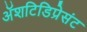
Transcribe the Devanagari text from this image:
अॅशटिडिप्रेसंट